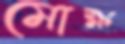
মোক্ষ